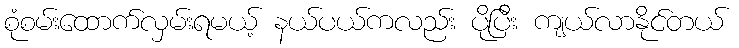
စုံစမ်းထောက်လှမ်းရမယ့် နယ်ပယ်ကလည်း ပိုပြီး ကျယ်လာနိုင်တယ်